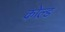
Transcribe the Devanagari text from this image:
कोल्‍ड